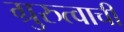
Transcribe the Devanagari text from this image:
ग्रुरुत्वाची